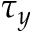
\tau _ { y }